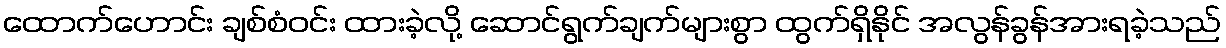
ထောက်ဟောင်း ချစ်စံဝင်း ထားခဲ့လို့ ဆောင်ရွက်ချက်များစွာ ထွက်ရှိနိုင် အလွန်ခွန်အားရခဲ့သည်